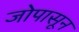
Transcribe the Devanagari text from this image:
जोपासून